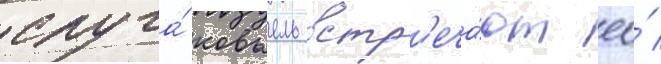
слуга́ ковьель встр'еча́ют ео́